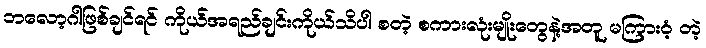
ဘလော့ဂါဖြစ်ချင်ရင် ကိုယ်အရည်ချင်းကိုယ်သိပါ စတဲ့ စကားလုံးမျိုးတွေနဲ့အတူ မကြားဝံ့ တဲ့